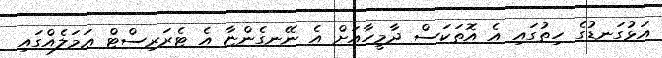
އަޅުގަނޑުގެ ހިތުގައި އެ އޮތަކަސް ދާމީހާއަށް އެ ނޭނގެންޏާ އެ ޓެރަރިސްޓް ޢަމަލެއްގައި